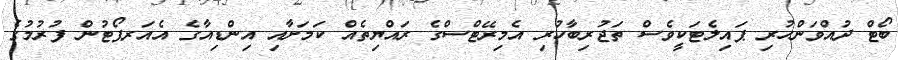
ބޯޓް ދުއްވަންހުރި ޕައިލެޓަކީވެސް ތަޖުރިބާހުރި އެމިރޭޓްސްގެ ރައްޔިތެއް ކަމަށާއި އިންޑިއާގެ އެއަރޕޯޓުން ފުރުމުގެ